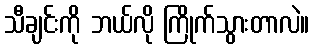
သီချင်းကို ဘယ်လို ကြိုက်သွားတာလဲ။